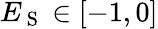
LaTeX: E_{\mathrm{~S~}}\in[-1,0]